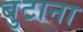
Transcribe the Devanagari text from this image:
बुटाना